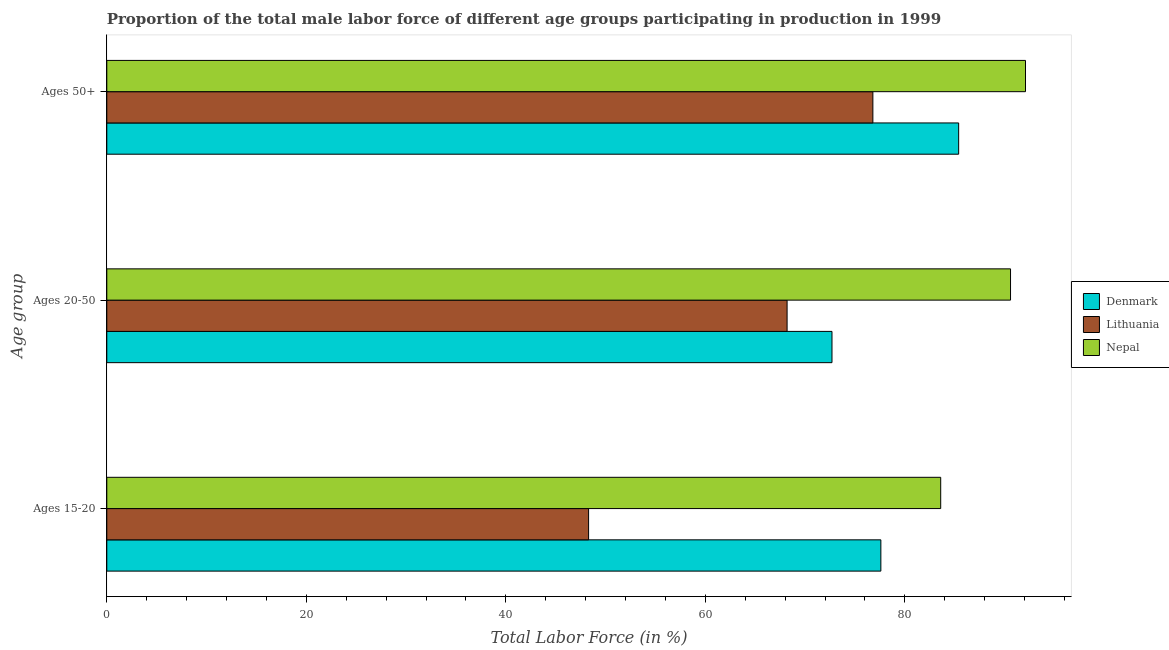
| Age group | Denmark | Lithuania | Nepal |
 | --- | --- | --- | --- |
 | Ages 15-20 | 77.6 | 48.3 | 83.6 |
 | Ages 20-50 | 72.7 | 68.2 | 90.6 |
 | Ages 50+ | 85.4 | 76.8 | 92.1 |